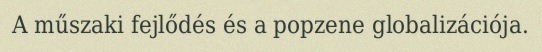
A műszaki fejlődés és a popzene globalizációja.